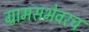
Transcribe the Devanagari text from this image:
ग्रामसभेवरच